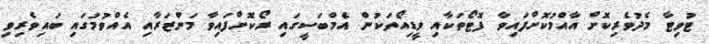
ޓުވިޓާ މެދުވެރިކޮށް އާއްމުކޮށްފައިވާ ފޮޓޯތަކާއި ވީޑިއޯތަކުން އެމްބަސީގައި ރޯކޮށްފައިވާ މަންޒަރާއި އެއްވުމުގައި ބައިވެރިވި